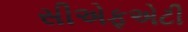
સીએફએટી